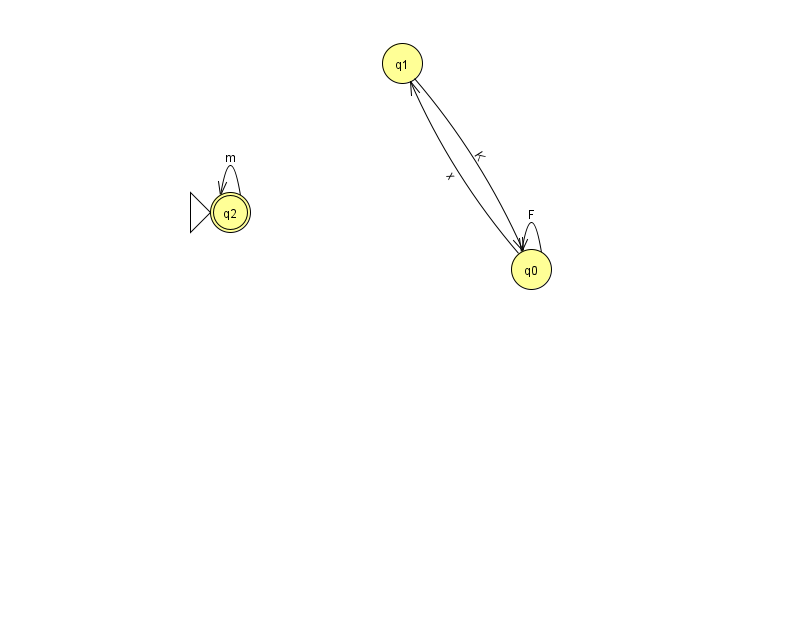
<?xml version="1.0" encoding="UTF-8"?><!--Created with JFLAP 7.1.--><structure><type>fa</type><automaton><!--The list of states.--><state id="0" name="q0"><x>531.0</x><y>256.0</y></state><state id="1" name="q1"><x>402.0</x><y>50.0</y></state><state id="2" name="q2"><x>230.0</x><y>199.0</y><initial/><final/></state><!--The list of transitions.--><transition><from>0</from><to>0</to><read>F</read></transition><transition><from>1</from><to>0</to><read>K</read></transition><transition><from>2</from><to>2</to><read>m</read></transition><transition><from>0</from><to>1</to><read>x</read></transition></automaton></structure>